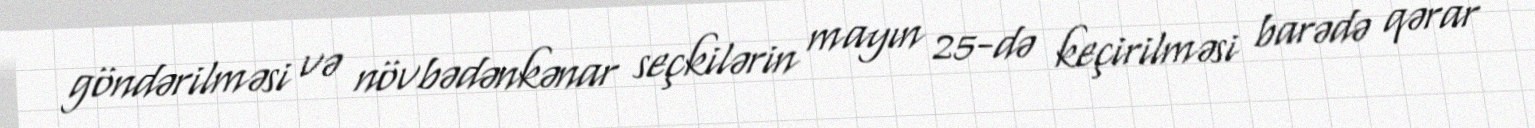
göndərilməsi və növbədənkənar seçkilərin mayın 25-də keçirilməsi barədə qərar